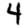
Digit: 4